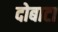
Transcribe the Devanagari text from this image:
दोबाटा